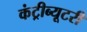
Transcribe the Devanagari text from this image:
कंट्रीब्यूटरी